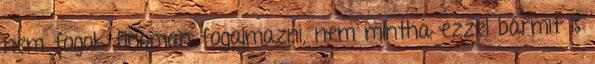
nem fogok finoman fogalmazni, nem mintha ezzel bármit is